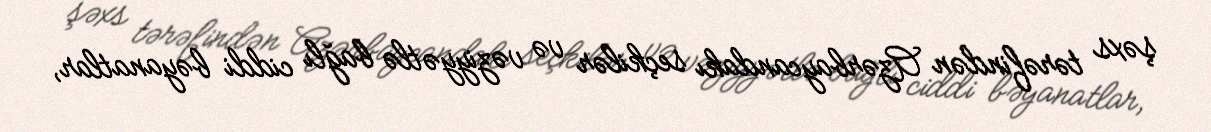
şəxs tərəfindən Azərbaycandakı seçkilər və vəziyyətlə bağlı ciddi bəyanatlar,